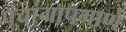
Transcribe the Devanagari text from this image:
पंचांगापमाणे